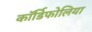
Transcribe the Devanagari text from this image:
कॉर्डिफोलिया